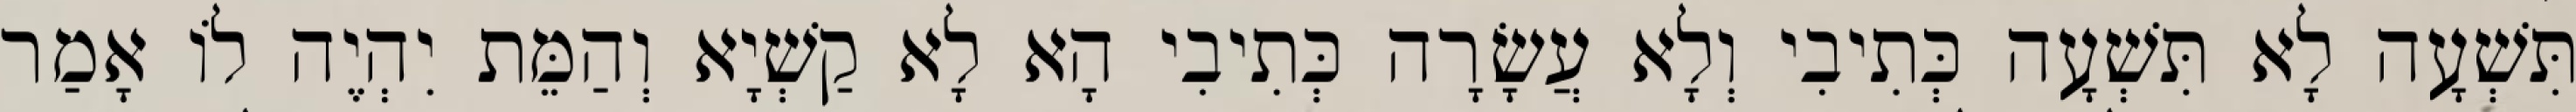
תִּשְׁעָה לָא תִּשְׁעָה כְּתִיבִי וְלָא עֲשָׂרָה כְּתִיבִי הָא לָא קַשְׁיָא וְהַמֵּת יִהְיֶה לוֹ אָמַר